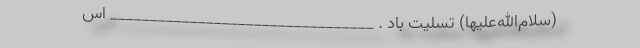
(سلام‌الله‌علیها) تسلیت باد . _________________________________ اس